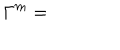
\nonumber \Gamma ^ { m } =